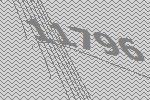
11796